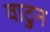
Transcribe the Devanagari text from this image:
वाटुन